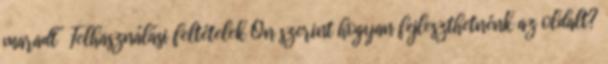
maradt” Felhasználási feltételek Ön szerint hogyan fejleszthetnénk az oldalt?